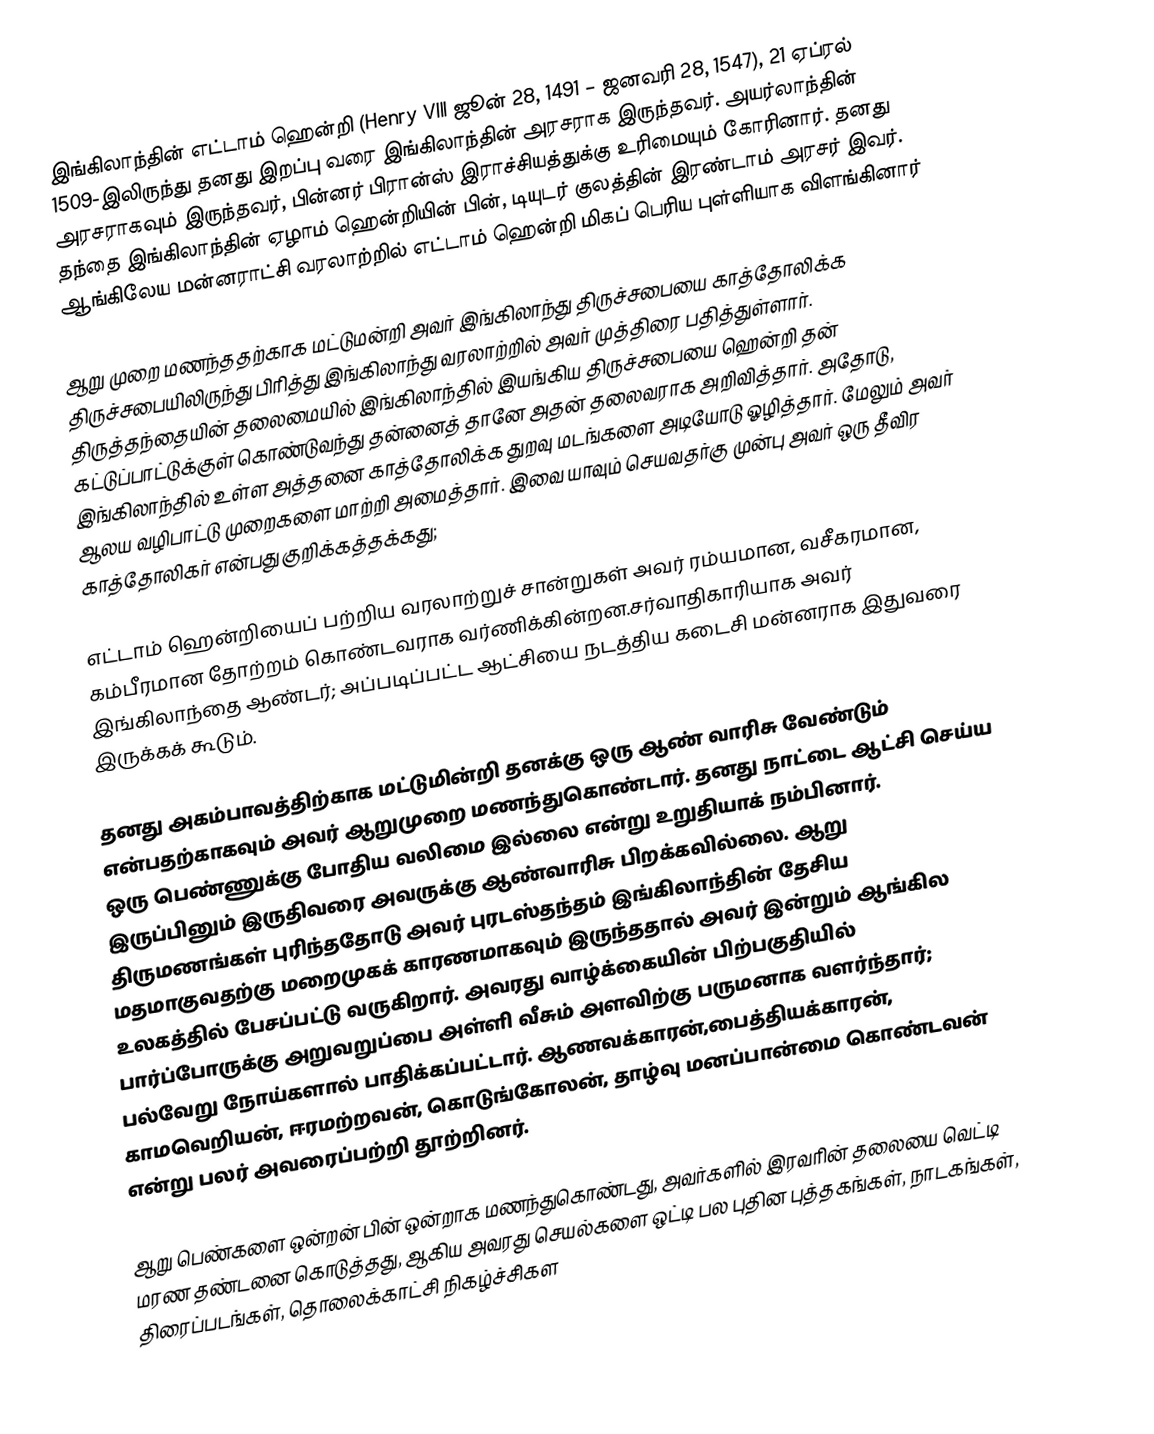
இங்கிலாந்தின் எட்டாம் ஹென்றி (Henry VIII ஜூன் 28, 1491 – ஜனவரி 28, 1547), 21 ஏப்ரல் 1509-இலிருந்து தனது இறப்பு வரை இங்கிலாந்தின் அரசராக இருந்தவர். அயர்லாந்தின் அரசராகவும் இருந்தவர், பின்னர் பிரான்ஸ் இராச்சியத்துக்கு உரிமையும் கோரினார். தனது தந்தை இங்கிலாந்தின் ஏழாம் ஹென்றியின் பின், டியுடர் குலத்தின் இரண்டாம் அரசர் இவர். ஆங்கிலேய மன்னராட்சி வரலாற்றில் எட்டாம் ஹென்றி மிகப் பெரிய புள்ளியாக விளங்கினார்

ஆறு முறை மணந்ததற்காக மட்டுமன்றி அவர் இங்கிலாந்து திருச்சபையை காத்தோலிக்க திருச்சபையிலிருந்து பிரித்து இங்கிலாந்து வரலாற்றில் அவர் முத்திரை பதித்துள்ளார். திருத்தந்தையின் தலைமையில் இங்கிலாந்தில் இயங்கிய திருச்சபையை ஹென்றி தன் கட்டுப்பாட்டுக்குள் கொண்டுவந்து தன்னைத் தானே அதன் தலைவராக அறிவித்தார். அதோடு, இங்கிலாந்தில் உள்ள அத்தனை காத்தோலிக்க துறவு மடங்களை அடியோடு ஓழித்தார். மேலும் அவர் ஆலய வழிபாட்டு முறைகளை மாற்றி அமைத்தார். இவை யாவும் செயவதர்கு முன்பு அவர் ஒரு தீவிர காத்தோலிகர் என்பது குறிக்கத்தக்கது;

எட்டாம் ஹென்றியைப் பற்றிய வரலாற்றுச் சான்றுகள் அவர் ரம்யமான, வசீகரமான, கம்பீரமான தோற்றம் கொண்டவராக வர்ணிக்கின்றன.சர்வாதிகாரியாக அவர் இங்கிலாந்தை ஆண்டர்; அப்படிப்பட்ட ஆட்சியை நடத்திய கடைசி மன்னராக இதுவரை இருக்கக் கூடும்.

தனது அகம்பாவத்திற்காக மட்டுமின்றி தனக்கு ஒரு ஆண் வாரிசு வேண்டும் என்பதற்காகவும் அவர் ஆறுமுறை மணந்துகொண்டார். தனது நாட்டை ஆட்சி செய்ய ஒரு பெண்ணுக்கு போதிய வலிமை இல்லை என்று உறுதியாக் நம்பினார். இருப்பினும் இருதிவரை அவருக்கு ஆண்வாரிசு பிறக்கவில்லை. ஆறு திருமணங்கள் புரிந்ததோடு அவர் புரடஸ்தந்தம் இங்கிலாந்தின் தேசிய மதமாகுவதற்கு மறைமுகக் காரணமாகவும் இருந்ததால் அவர் இன்றும் ஆங்கில உலகத்தில் பேசப்பட்டு வருகிறார். அவரது வாழ்க்கையின் பிற்பகுதியில் பார்ப்போருக்கு அறுவறுப்பை அள்ளி வீசும் அளவிற்கு பருமனாக வளர்ந்தார்; பல்வேறு நோய்களால் பாதிக்கப்பட்டார். ஆணவக்காரன்,பைத்தியக்காரன், காமவெறியன், ஈரமற்றவன், கொடுங்கோலன், தாழ்வு மனப்பான்மை கொண்டவன் என்று பலர் அவரைப்பற்றி தூற்றினர்.

ஆறு பெண்களை ஒன்றன் பின் ஒன்றாக மணந்துகொண்டது, அவர்களில் இரவரின் தலையை வெட்டி மரண தண்டனை கொடுத்தது, ஆகிய அவரது செயல்களை ஒட்டி பல புதின புத்தகங்கள், நாடகங்கள், திரைப்படங்கள், தொலைக்காட்சி நிகழ்ச்சிகள